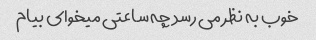
خوب به نظر می رسد چه ساعتی میخوای بیام